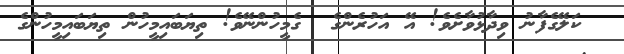
ކަލޭގެފާނު ވިދާޅުވާށެވެ! އޭ އަހުރެންގެ  ގެމީހުންނޭވެ! ތިޔަބައިމީހުން ތިޔަބައިމީހުންގެ